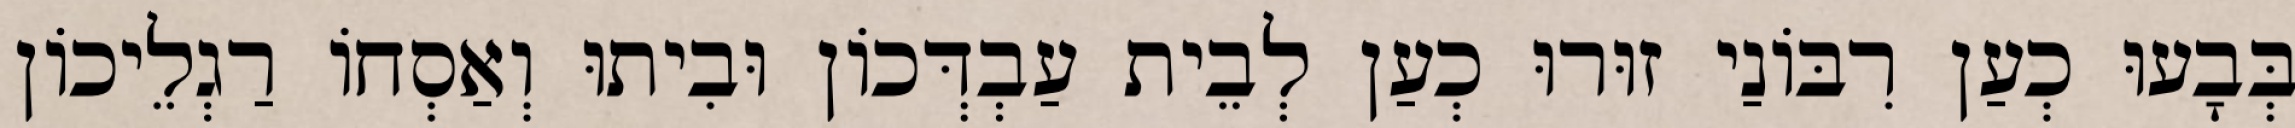
בְּבָעוּ כְעַן רִבּוֹנַי זוּרוּ כְעַן לְבֵית עַבְדְּכוֹן וּבִיתוּ וְאַסְחוֹ רַגְלֵיכוֹן